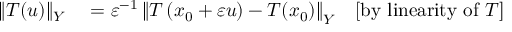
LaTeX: \begin{array} { r l r } { \| T ( u ) \| _ { Y } } & { { } = \varepsilon ^ { - 1 } \left\| T \left( x _ { 0 } + \varepsilon u \right) - T ( x _ { 0 } ) \right\| _ { Y } } & { [ { \mathrm { b y ~ l i n e a r i t y ~ o f ~ } } T ] } \end{array}